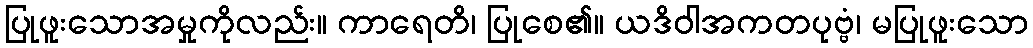
ပြုဖူးသောအမှုကိုလည်း။ ကာရေတိ၊ ပြုစေ၏။ ယဒိဝါအကတပုဗ္ဗံ၊ မပြုဖူးသော